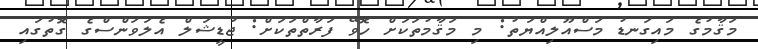
މަޤާމުގެ މައިގަނޑު މަސްއޫލިއްޔަތު: މި މަޤާމުތަކަށް ހޮވޭ ފަރާތްތަކަށް: ޖުޑީޝަލް އެލަވަންސްގެ ގޮތުގައި